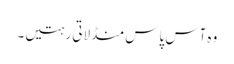
وہ آس پاس منڈلاتی رہتیں۔